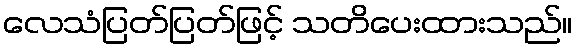
လေသံပြတ်ပြတ်ဖြင့် သတိပေးထားသည်။